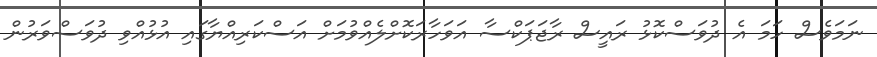
ނަމަވެސް ހަމަ އެ ދުވަސްކޮޅު ރައީސް ރާޖަޕަކްސާ އަވަހާރަކޮށްލެއްވުމަށް އަސްކަރިއްޔާގައި އުޅުއްވި ދުވަސްވަރުން